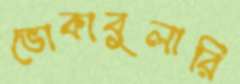
ভোকাবুলারি